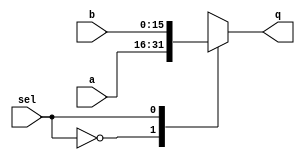
//Verilog HDL for "MU0_lib", "mux_2to1_16bit" "functional"


module mux_2to1_16bit ( output reg [15:0] q,
			input [15:0] a,
			input [15:0] b,
			input sel);

always @ (*)
begin
    case (sel)
        1'b0: q = a;
        1'b1: q = b;
	default: q = 16'bX;
    endcase
end
endmodule